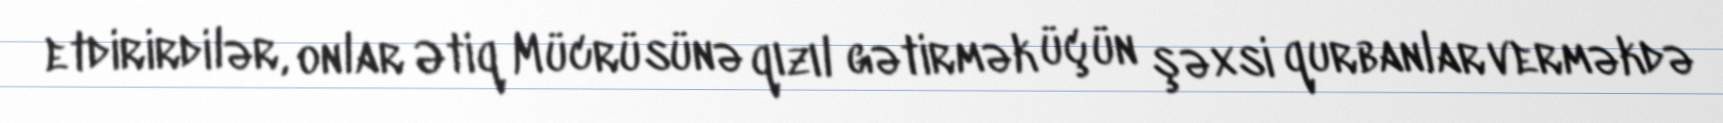
etdirirdilər, onlar Ətiq Mücrüsünə qızıl gətirmək üçün şəxsi qurbanlar verməkdə